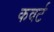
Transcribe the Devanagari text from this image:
कवर्ट